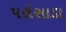
પરોસાડા